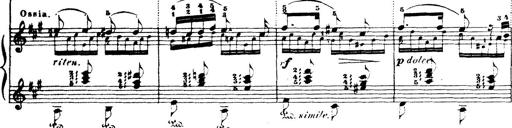
Title: Wagner-Liszt Album
Composer: Franz Liszt